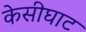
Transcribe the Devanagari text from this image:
केसीघाट